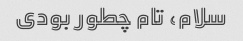
سلام، تام چطور بودی